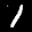
Label: 1